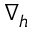
\nabla _ { h }